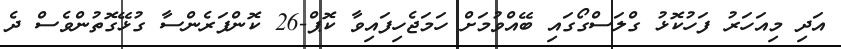
އަދި މިއަހަރު ފަހުކޮޅު ގްލަސްގޯގައި ބޭއްވުމަށް ހަމަޖެހިފައިވާ ކޮޕް-26 ކޮންފަރެންސާ ގުޅޭގޮތުންވެސް ދެ